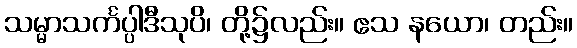
သမ္မာသင်္ကပ္ပါဒီသုပိ၊ တို့၌လည်း။ ဧသ နယော၊ တည်း။